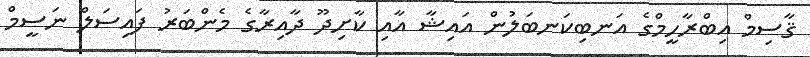
ޤާސިމް އިބްރާހީމްގެ އަނބިކަނބަލުން އައިޝާ އާއި ކާށިދޫ ދާއިރާގެ މެންބަރު ފައިސަލް ނަސީމް